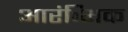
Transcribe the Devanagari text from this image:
आरंिभक